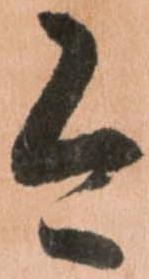
今